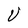
Character: U